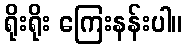
ရိုးရိုး ကြေးနန်းပါ။